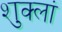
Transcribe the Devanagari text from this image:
शुक्लां